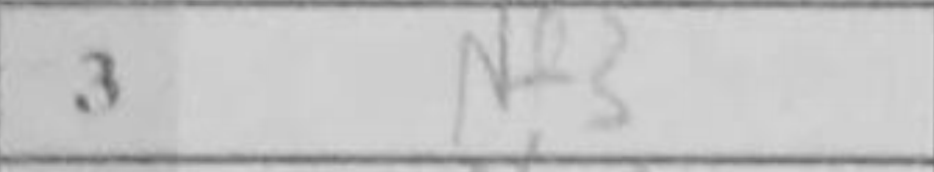
Transcription: Nf3